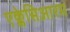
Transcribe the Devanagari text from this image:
एक्लेसिआरम